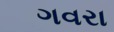
ગવરા